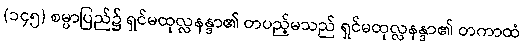
(၁၄၅) စမ္ပာပြည်၌ ရှင်မထုလ္လနန္ဒာ၏ တပည့်မသည် ရှင်မထုလ္လနန္ဒာ၏ တကာထံ